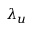
\lambda _ { u }